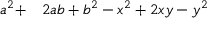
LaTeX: \begin{array} { r l } { a ^ { 2 } + } & { { } 2 a b + b ^ { 2 } - x ^ { 2 } + 2 x y - y ^ { 2 } } \end{array}